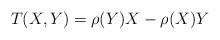
LaTeX: \begin{align*}T(X,Y) = \rho(Y) X - \rho(X)Y\end{align*}